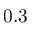
0 . 3